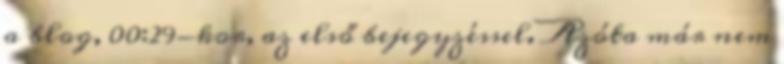
a blog, 00:29-kor, az első bejegyzéssel. Azóta már nem